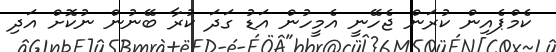
ކެމްޕެއިން ކުރަން ޖެހޭނީ އެމީހުން އަޑު ގަދަ ކުރާ ބޭނުން ނުކޮށް އަދި